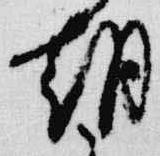
朝